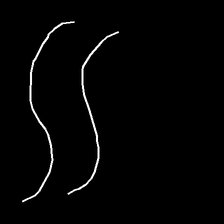
Glyph: float